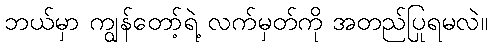
ဘယ်မှာ ကျွန်တော့်ရဲ့ လက်မှတ်ကို အတည်ပြုရမလဲ။